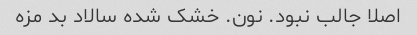
اصلا جالب نبود. نون. خشک شده سالاد بد مزه